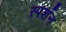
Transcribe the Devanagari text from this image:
स्पर्शन